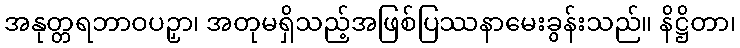
အနုတ္တရဘာဝပဉှာ၊ အတုမရှိသည့်အဖြစ်ပြဿနာမေးခွန်းသည်။ နိဋ္ဌိတာ၊